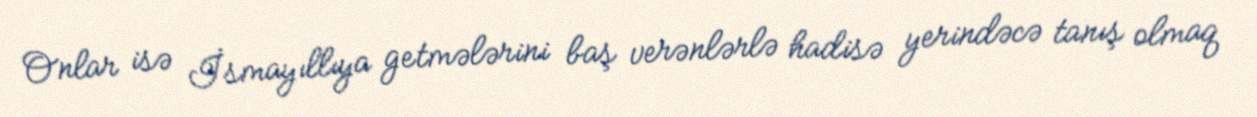
Onlar isə İsmayıllıya getmələrini baş verənlərlə hadisə yerindəcə tanış olmaq